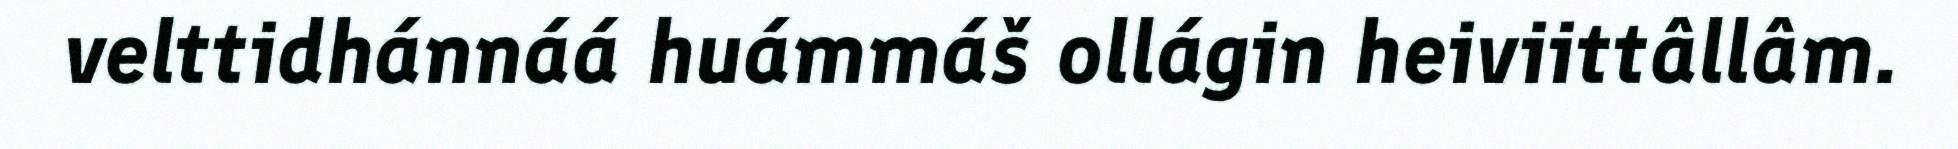
velttidhánnáá huámmáš ollágin heiviittâllâm.